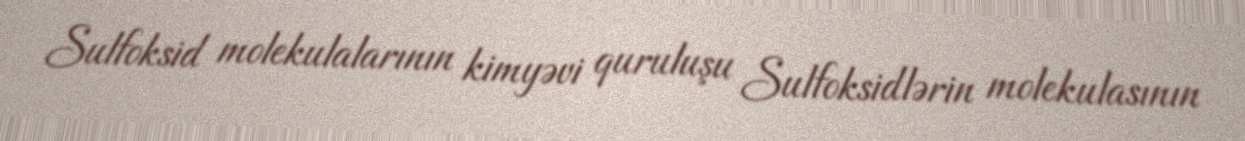
Sulfoksid molekulalarının kimyəvi quruluşu Sulfoksidlərin molekulasının